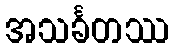
အသင်္ခတဿ